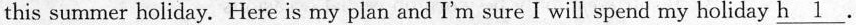
this summer holiday. Here is my plan and I'm sure I will spend my holiday